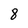
Character: 8